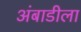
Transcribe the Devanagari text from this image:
अंबाडीला